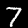
Digit: 7